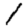
Digit: 1